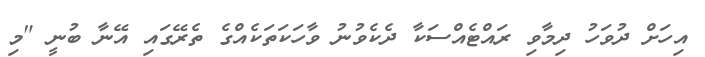
އިހަށް ދުވަހު ދިމާވި ރައްޓެއްސަކާ ދެކެވުނު ވާހަކަތަކެއްގެ ތެރޭގައި އޭނާ ބުނީ "މި